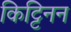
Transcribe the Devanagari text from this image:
किट्टिनन